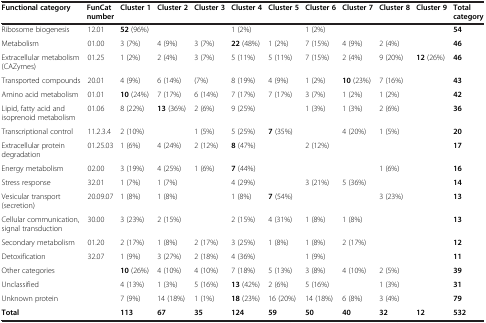
<table><thead><tr><td><b>Functional category</b></td><td><b>FunCat number</b></td><td><b>Cluster 1</b></td><td><b>Cluster 2</b></td><td><b>Cluster 3</b></td><td><b>Cluster 4</b></td><td><b>Cluster 5</b></td><td><b>Cluster 6</b></td><td><b>Cluster 7</b></td><td><b>Cluster 8</b></td><td><b>Cluster 9</b></td><td><b>Total category</b></td></tr></thead><tbody><tr><td>Ribosome biogenesis</td><td>12.01</td><td><b>52</b> (96%)</td><td></td><td></td><td>1 (2%)</td><td></td><td>1 (2%)</td><td></td><td></td><td></td><td><b>54</b></td></tr><tr><td>Metabolism</td><td>01.00</td><td>3 (7%)</td><td>4 (9%)</td><td>3 (7%)</td><td><b>22</b> (48%)</td><td>1 (2%)</td><td>7 (15%)</td><td>4 (9%)</td><td>2 (4%)</td><td></td><td><b>46</b></td></tr><tr><td>Extracellular metabolism (CAZymes)</td><td>01.25</td><td>1 (2%)</td><td>2 (4%)</td><td>3 (7%)</td><td>5 (11%)</td><td>5 (11%)</td><td>7 (15%)</td><td>2 (4%)</td><td>9 (20%)</td><td><b>12</b> (26%)</td><td><b>46</b></td></tr><tr><td>Transported compounds</td><td>20.01</td><td>4 (9%)</td><td>6 (14%)</td><td>(7%)</td><td>8 (19%)</td><td>4 (9%)</td><td>1 (2%)</td><td><b>10</b> (23%)</td><td>7 (16%)</td><td></td><td><b>43</b></td></tr><tr><td>Amino acid metabolism</td><td>01.01</td><td><b>10</b> (24%)</td><td>7 (17%)</td><td>6 (14%)</td><td>7 (17%)</td><td>7 (17%)</td><td>3 (7%)</td><td>1 (2%)</td><td>1 (2%)</td><td></td><td><b>42</b></td></tr><tr><td>Lipid, fatty acid and isoprenoid metabolism</td><td>01.06</td><td>8 (22%)</td><td><b>13</b> (36%)</td><td>2 (6%)</td><td>9 (25%)</td><td></td><td>1 (3%)</td><td>1 (3%)</td><td>2 (6%)</td><td></td><td><b>36</b></td></tr><tr><td>Transcriptional control</td><td>11.2.3.4</td><td>2 (10%)</td><td></td><td>1 (5%)</td><td>5 (25%)</td><td><b>7</b> (35%)</td><td></td><td>4 (20%)</td><td>1 (5%)</td><td></td><td><b>20</b></td></tr><tr><td>Extracellular protein degradation</td><td>01.25.03</td><td>1 (6%)</td><td>4 (24%)</td><td>2 (12%)</td><td><b>8</b> (47%)</td><td></td><td>2 (12%)</td><td></td><td></td><td></td><td><b>17</b></td></tr><tr><td>Energy metabolism</td><td>02.00</td><td>3 (19%)</td><td>4 (25%)</td><td>1 (6%)</td><td><b>7</b> (44%)</td><td></td><td></td><td></td><td>1 (6%)</td><td></td><td><b>16</b></td></tr><tr><td>Stress response</td><td>32.01</td><td>1 (7%)</td><td>1 (7%)</td><td></td><td>4 (29%)</td><td></td><td>3 (21%)</td><td>5 (36%)</td><td></td><td></td><td><b>14</b></td></tr><tr><td>Vesicular transport (secretion)</td><td>20.09.07</td><td>1 (8%)</td><td>1 (8%)</td><td></td><td>1 (8%)</td><td><b>7</b> (54%)</td><td></td><td></td><td>3 (23%)</td><td></td><td><b>13</b></td></tr><tr><td>Cellular communication, signal transduction</td><td>30.00</td><td>3 (23%)</td><td>2 (15%)</td><td></td><td>2 (15%)</td><td>4 (31%)</td><td>1 (8%)</td><td>1 (8%)</td><td></td><td></td><td><b>13</b></td></tr><tr><td>Secondary metabolism</td><td>01.20</td><td>2 (17%)</td><td>1 (8%)</td><td>2 (17%)</td><td>3 (25%)</td><td>1 (8%)</td><td>1 (8%)</td><td>2 (17%)</td><td></td><td></td><td><b>12</b></td></tr><tr><td>Detoxification</td><td>32.07</td><td>1 (9%)</td><td>3 (27%)</td><td>2 (18%)</td><td>4 (36%)</td><td></td><td>1 (9%)</td><td></td><td></td><td></td><td><b>11</b></td></tr><tr><td>Other categories</td><td></td><td><b>10</b> (26%)</td><td>4 (10%)</td><td>4 (10%)</td><td>7 (18%)</td><td>5 (13%)</td><td>3 (8%)</td><td>4 (10%)</td><td>2 (5%)</td><td></td><td><b>39</b></td></tr><tr><td>Unclassified</td><td></td><td>4 (13%)</td><td>1 (3%)</td><td>5 (16%)</td><td><b>13</b> (42%)</td><td>2 (6%)</td><td>5 (16%)</td><td></td><td>1 (3%)</td><td></td><td><b>31</b></td></tr><tr><td>Unknown protein</td><td></td><td>7 (9%)</td><td>14 (18%)</td><td>1 (1%)</td><td><b>18</b> (23%)</td><td>16 (20%)</td><td>14 (18%)</td><td>6 (8%)</td><td>3 (4%)</td><td></td><td><b>79</b></td></tr><tr><td><b>Total</b></td><td></td><td><b>113</b></td><td><b>67</b></td><td><b>35</b></td><td><b>124</b></td><td><b>59</b></td><td><b>50</b></td><td><b>40</b></td><td><b>32</b></td><td><b>12</b></td><td><b>532</b></td></tr></tbody></table>